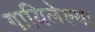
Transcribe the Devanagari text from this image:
गायिलेल्या